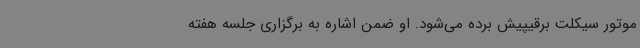
موتور سیکلت برقیپیش برده می‌شود. او ضمن اشاره به برگزاری جلسه هفته